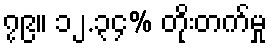
၇၉။ ၁၂.၃၄% တိုးတက်မှု